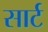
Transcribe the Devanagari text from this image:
सार्ट